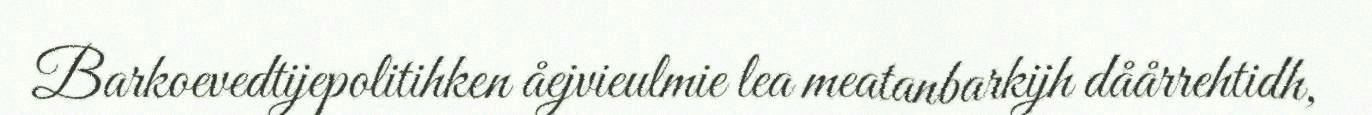
Barkoevedtijepolitihken åejvieulmie lea meatanbarkijh dåårrehtidh,